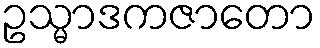
ဥသ္မာဒကဇာတော